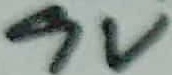
Text: 9V